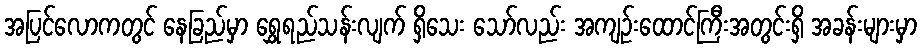
အပြင်လောကတွင် နေခြည်မှာ ရွှေရည်သန်းလျက် ရှိသေး သော်လည်း အကျဉ်းထောင်ကြီးအတွင်းရှိ အခန်းများမှာ